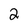
Character: 2